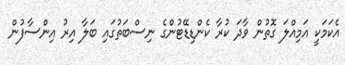
އެކަމަކީ އަމިއްލަ ގޮތުން ވާދަ ކުރާ ކެންޑިޑޭޓުންގެ ނިސްބަތުގައި ބަލާ އިރު އިންސާފުން